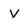
Character: V